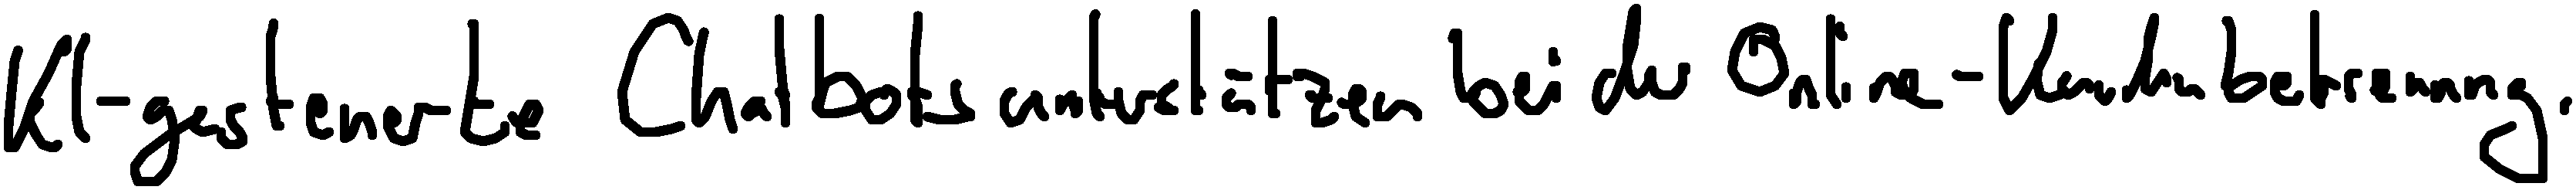
KI-gesteuerte Chatbots unterstützen bei der Online-Kundenbetreuung.